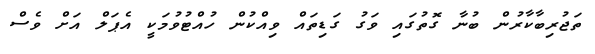
ތަޖުރިބާކާރުން ބުނާ ގޮތުގައި ވަގު ގަޑިތައް ވިއްކުން ހުއްޓުވުމަކީ އެޕަލް އަށް ވެސް